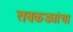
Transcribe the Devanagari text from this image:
तबकड्यांचा